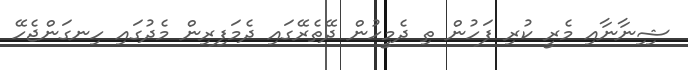
ޝިިނާނާއި މެރީ ކުރި ފަހުން ތި ދެމީހުން ދޭތެރޭގައި ދެމަފިރިން މެދުގައި ހިނގަންޖެހޭ